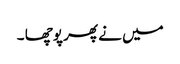
میں نے پھر پوچھا ۔